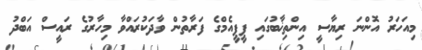
މިއަހަރު އޮންނަ ރިޔާސީ އިންތިޚާބުގައި ޕީޕީއެމްގެ ފަރާތުން ވާދަކުރައްވާ މިހާރުގެ ރައީސް އަބްދު